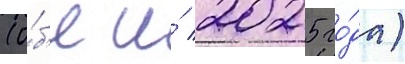
(о́б'е и́ 2025 го́да)